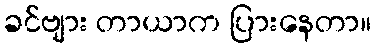
ခင်ဗျား တာယာက ပြားနေတာ။